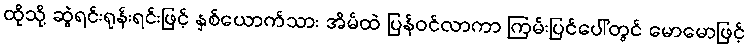
ထိုသို့ ဆွဲရင်းရုန်းရင်းဖြင့် နှစ်ယောက်သား အိမ်ထဲ ပြန်ဝင်လာကာ ကြမ်းပြင်ပေါ်တွင် မောမောဖြင့်